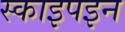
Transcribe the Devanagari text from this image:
स्काइपइन